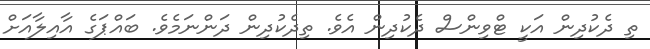
ތި ދެކުދިން އަކީ ޓްވިންސް ދެކުދިން އެވެ. ތިދެކުދިން ދަންނަމެވެ. ބައްޕަގެ އާއިލާއަށް